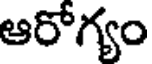
ఆరోగ్యం